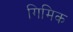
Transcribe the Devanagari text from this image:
गिमिक